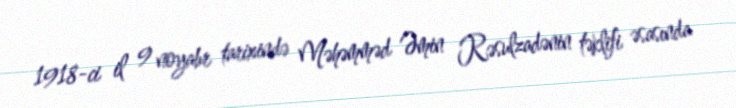
1918-ci il 9 noyabr tarixində Məhəmməd Əmin Rəsulzadənin təklifi əsasında